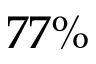
7 7 \%